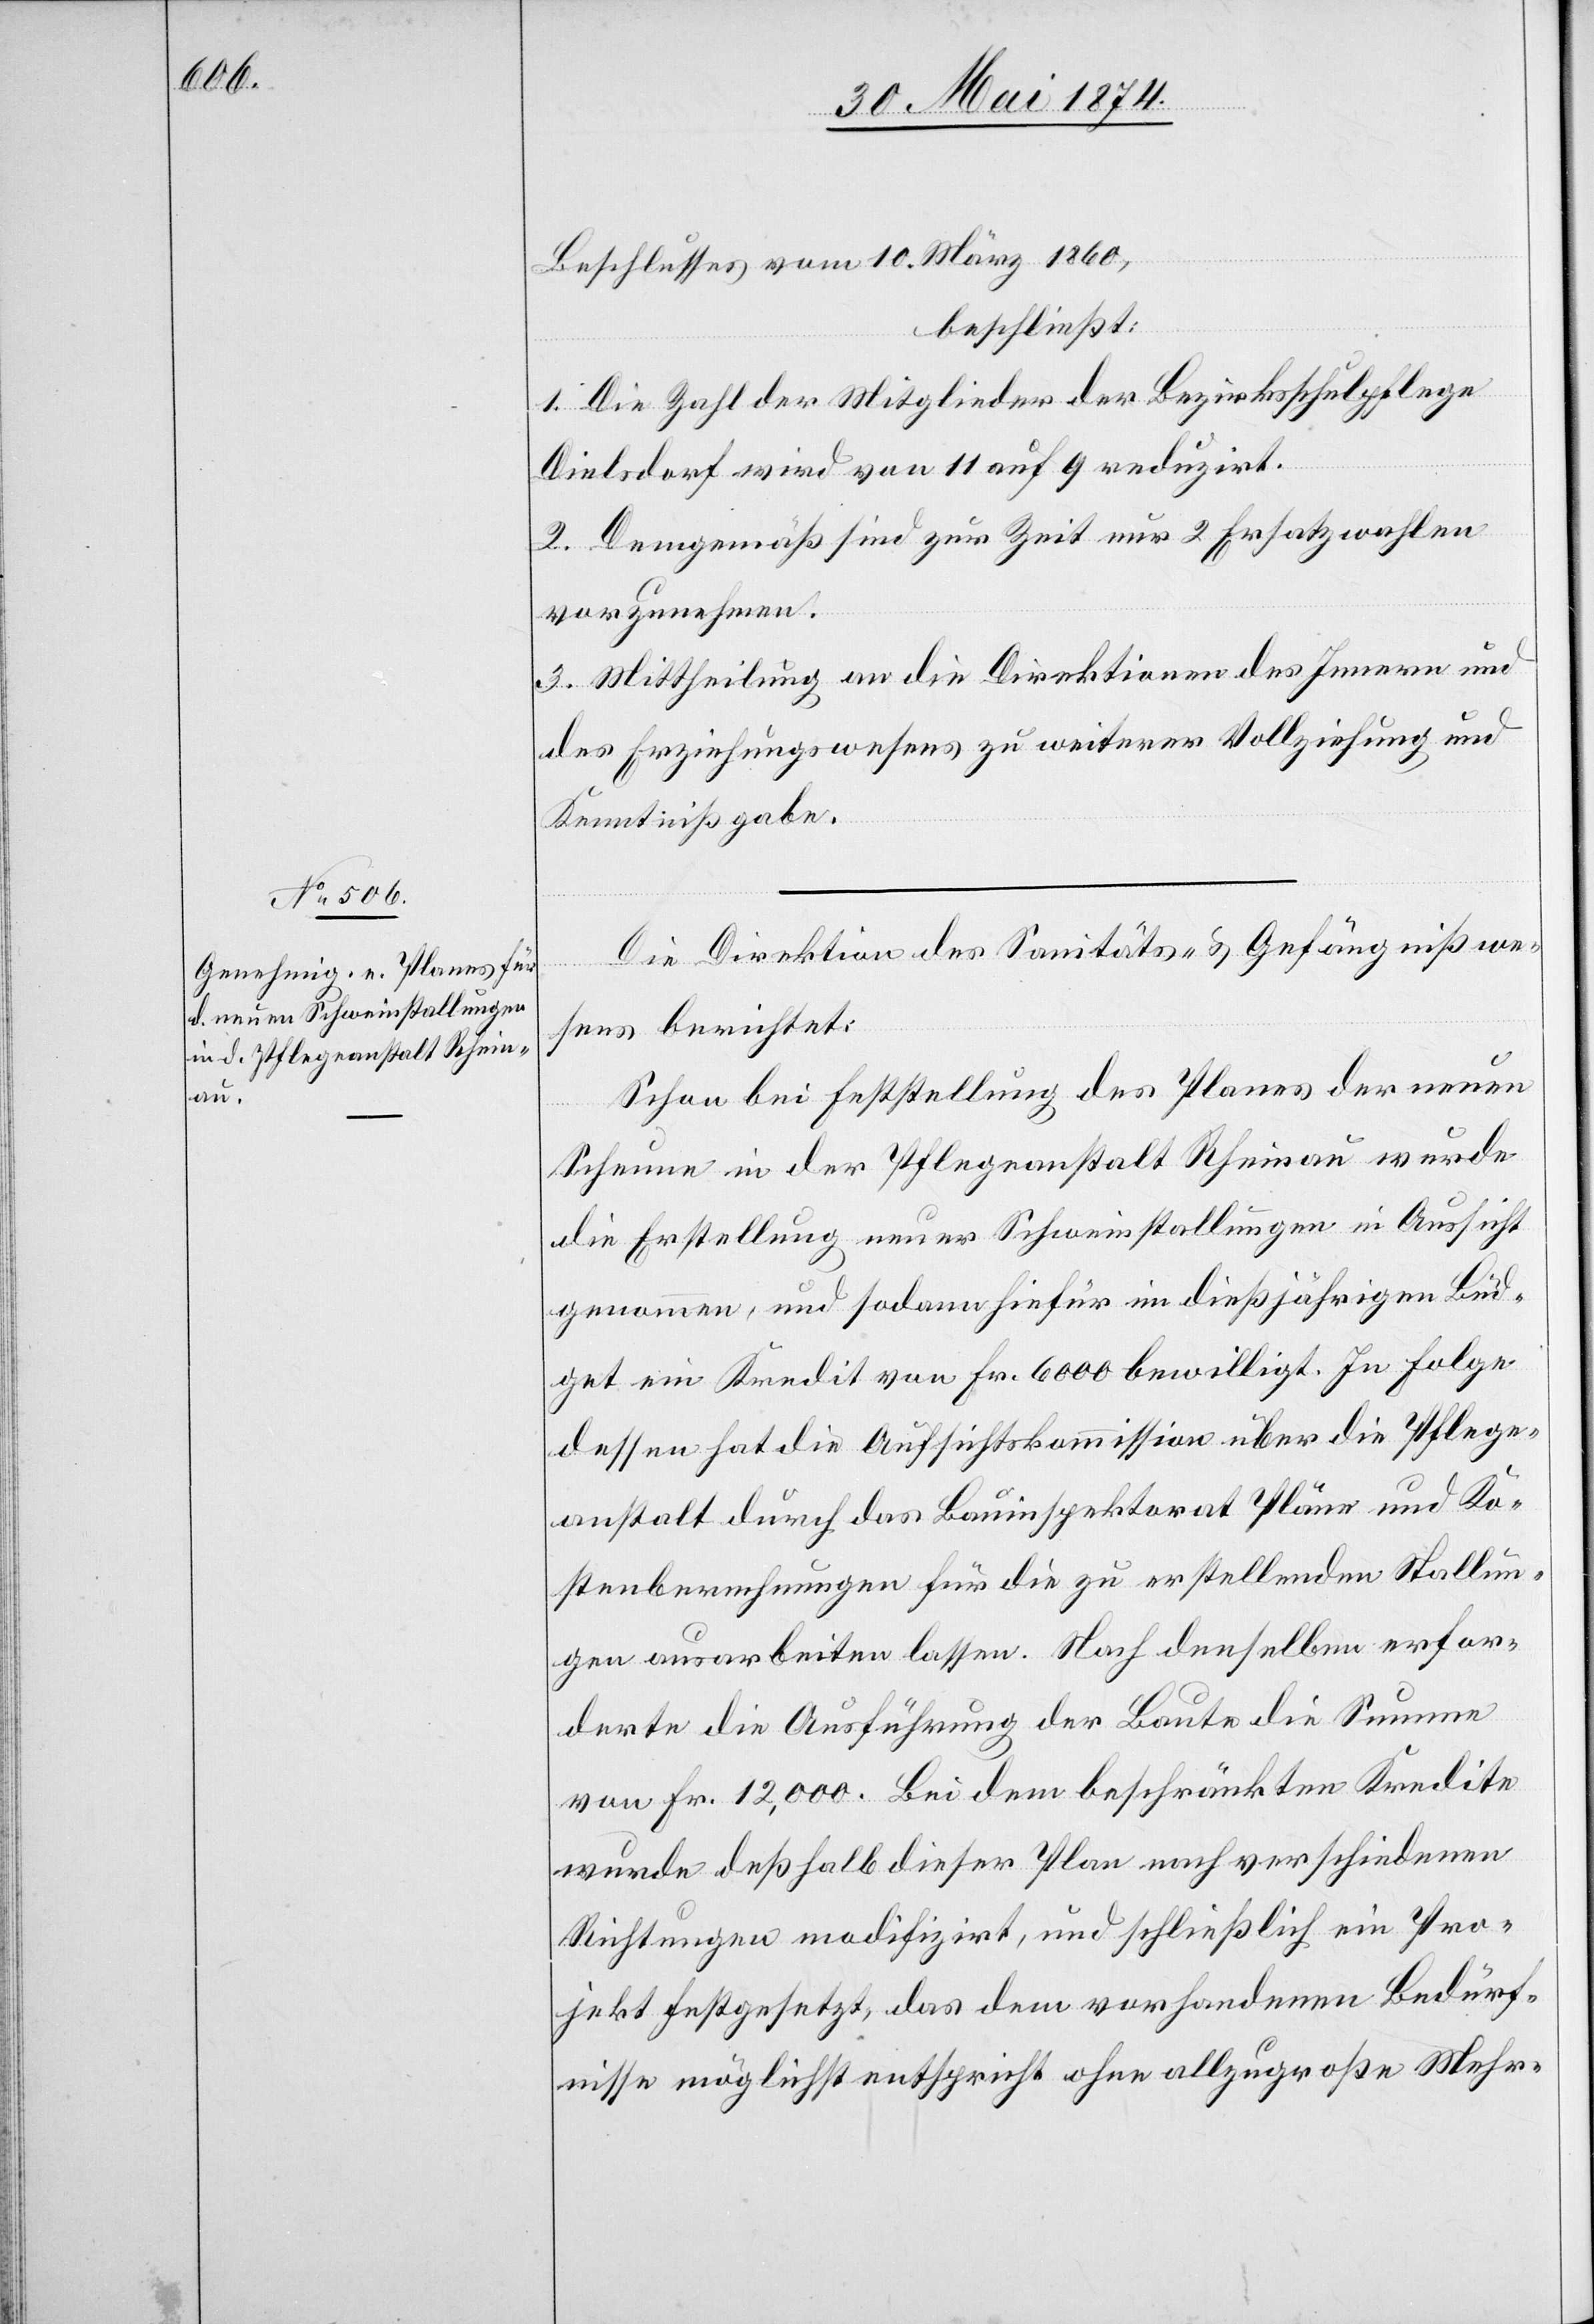
Beschlusses vom 10. März 1860,
beschließt:
1. Die Zahl der Mitglieder der Bezirksschulpflege
Dielsdorf wird von 11 auf 9 reduzirt.
2. Demgemäß sind zur Zeit nur 2 Ersatzwahlen
vorzunehmen.
3. Mittheilung an die Direktionen des Innern und
des Erziehungswesens zu weiterer Vollziehung und
Kenntnißgabe.
Die Direktion des Sanitäts- u. Gefängnißwe¬
sens berichtet:
Schon bei Feststellung des Planes der neuen
Scheune in der Pflegeanstalt Rheinau wurde
die Erstellung neuer Schweinstallungen in Aussicht
genommen, und sodann hiefür im dießjährigen Büd¬
get ein Kredit von Fr. 6000 bewilligt. In Folge
dessen hat die Aufsichtskommission über die Pflege¬
anstalt durch das Bauinspektorat Pläne und Ko¬
stenberechnungen für die zu erstellenden Stallun¬
gen ausarbeiten lassen. Nach denselben erfor¬
derte die Ausführung der Baute die Summe
von Fr. 12,000. Bei dem beschränkten Kredite
wurde deßhalb dieser Plan nach verschiedenen
Richtungen modifizirt, und schließlich ein Pro¬
jekt festgesetzt, das dem vorhandenen Bedürf¬
nisse möglichst entspricht ohne allzugroße Mehr-